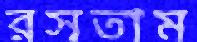
রসতাম